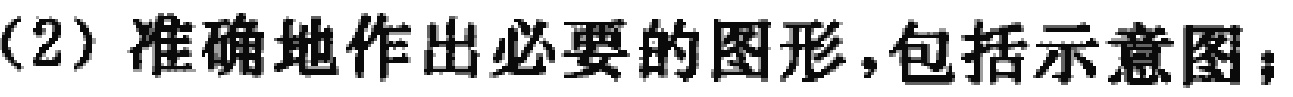
（2）准确地作出必要的图形，包括示意图；